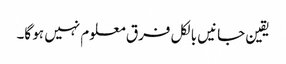
یقین جانیں بالکل فرق معلوم نہیں ہو گا۔